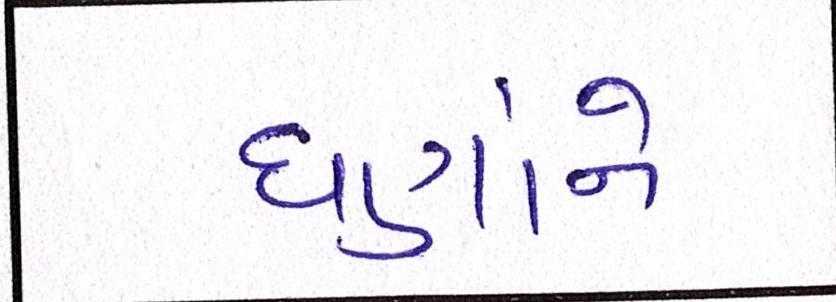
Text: ઘણાંને